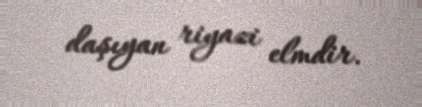
daşıyan riyazi elmdir.